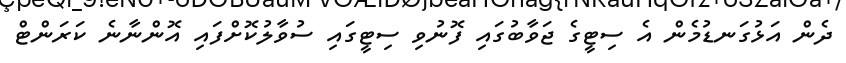
ދެން އަޅުގަނޑުމެން އެ ސިޓީގެ ޖަވާބުގައި ފޮނުވި ސިޓީގައި ސުވާލުކޮށްފައި އޮންނާނެ ކަރަންޓް